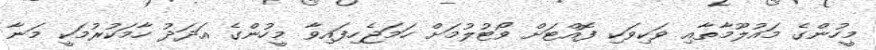
މީހުންގެ މައުލޫމާތާއި ވަކިވަކި ފޮއްޓަށް ވޯޓުލުމަށް ހަމަޖެހިފައިވާ މީހުންގެ އަދަދު ހާމަކުރުމަކީ މަނާ